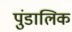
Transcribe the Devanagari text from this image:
पुंडालिक